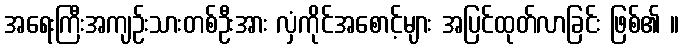
အရေးကြီးအကျဉ်းသားတစ်ဦးအား လှံကိုင်အစောင့်များ အပြင်ထုတ်လာခြင်း ဖြစ်၏ ။